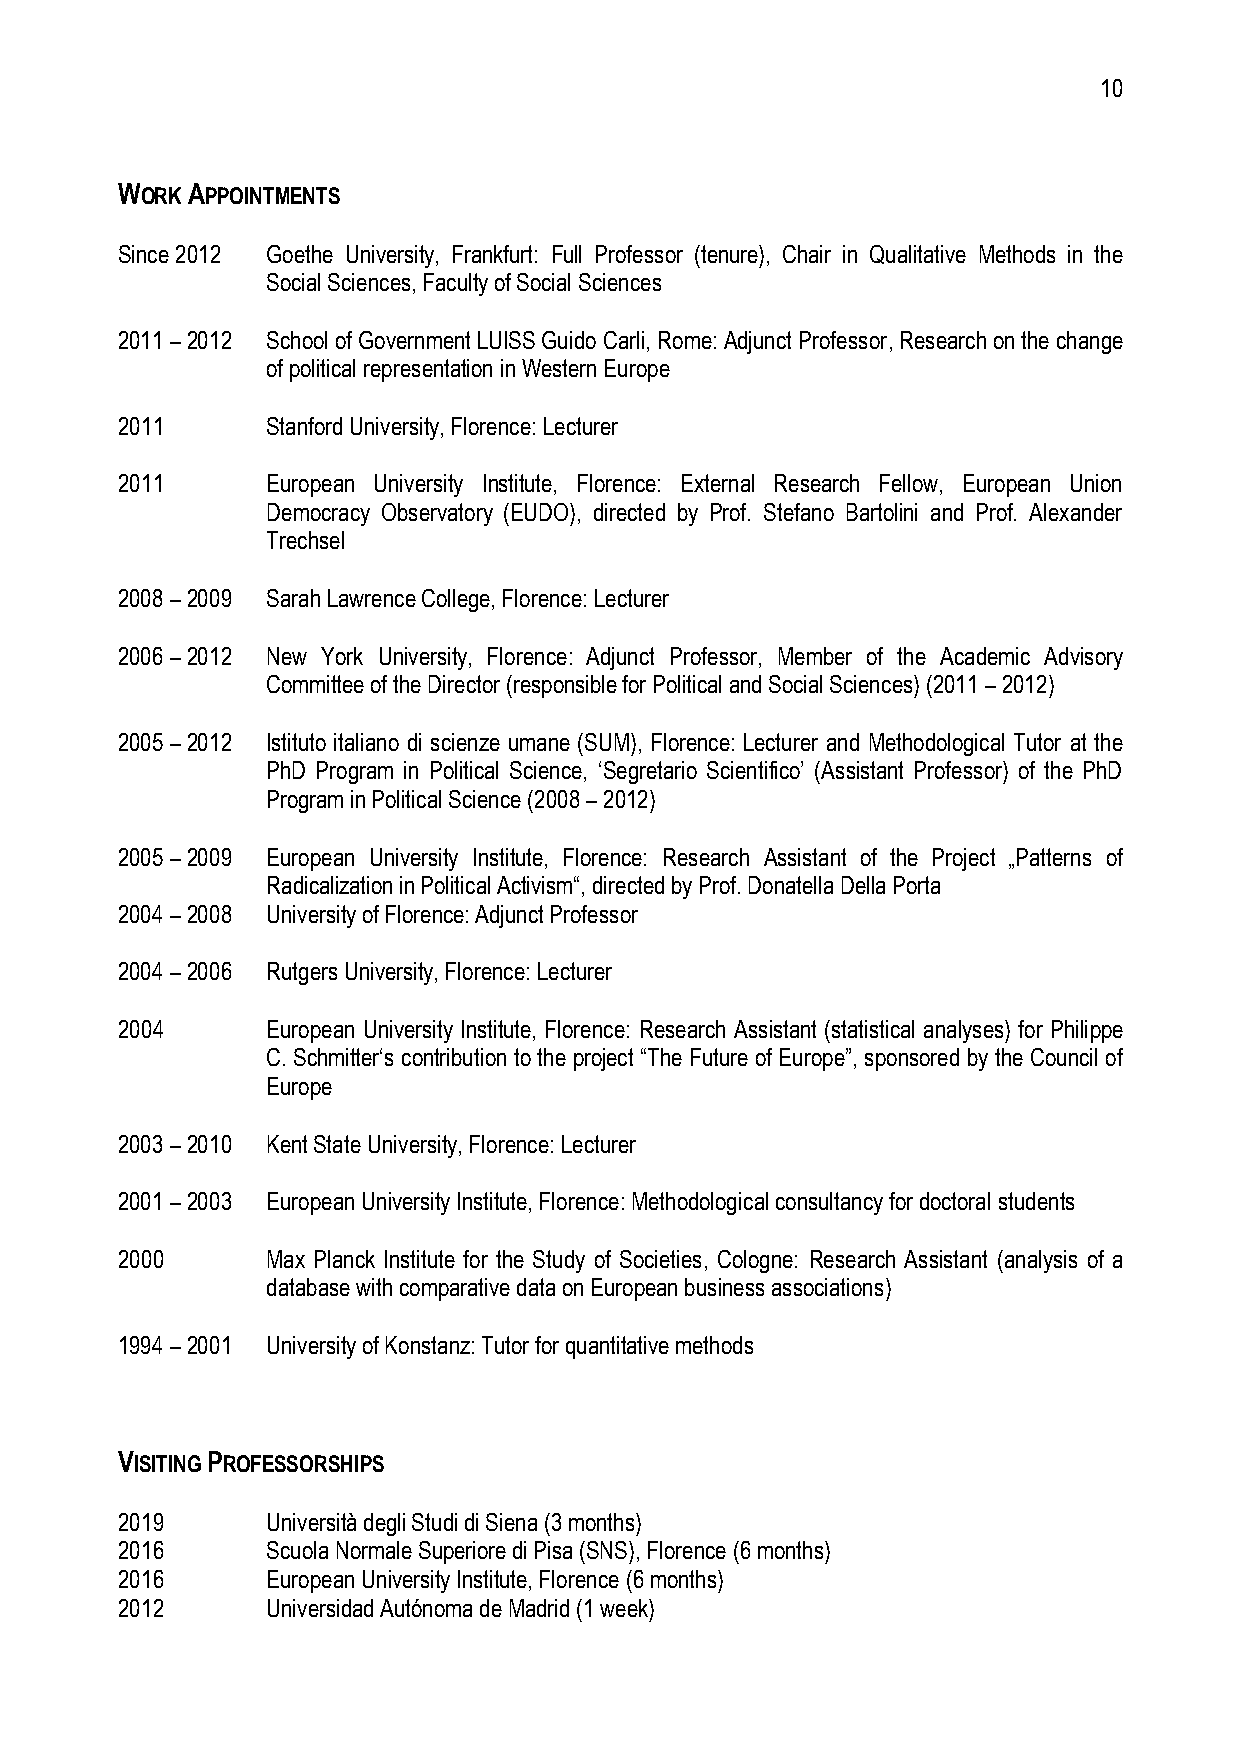
10
 WORK APPOINTMENTS
 Since 2012 Goethe University, Frankfurt: Full Professor (tenure), Chair in Qualitative Methods in the
 Social Sciences, Faculty of Social Sciences
 2011 – 2012 School of Government LUISS Guido Carli, Rome: Adjunct Professor, Research on the change
 of political representation in Western Europe
 2011      Stanford University, Florence: Lecturer
 2011      European University Institute, Florence: External Research Fellow, European Union
 Democracy Observatory (EUDO), directed by Prof. Stefano Bartolini and Prof. Alexander
 Trechsel
 2008 – 2009 Sarah Lawrence College, Florence: Lecturer
 2006 – 2012 New York University, Florence: Adjunct Professor, Member of the Academic Advisory
 Committee of the Director (responsible for Political and Social Sciences) (2011 – 2012)
 2005 – 2012 Istituto italiano di scienze umane (SUM), Florence: Lecturer and Methodological Tutor at the
 PhD Program in Political Science, ‘Segretario Scientifico’ (Assistant Professor) of the PhD
 Program in Political Science (2008 – 2012)
 2005 – 2009 European University Institute, Florence: Research Assistant of the Project „Patterns of
 Radicalization in Political Activism“, directed by Prof. Donatella Della Porta
 2004 – 2008 University of Florence: Adjunct Professor
 2004 – 2006 Rutgers University, Florence: Lecturer
 2004      European University Institute, Florence: Research Assistant (statistical analyses) for Philippe
 C. Schmitter‘s contribution to the project “The Future of Europe”, sponsored by the Council of
 Europe
 2003 – 2010 Kent State University, Florence: Lecturer
 2001 – 2003 European University Institute, Florence: Methodological consultancy for doctoral students
 2000      Max Planck Institute for the Study of Societies, Cologne: Research Assistant (analysis of a
 database with comparative data on European business associations)
 1994 – 2001 University of Konstanz: Tutor for quantitative methods
 VISITING PROFESSORSHIPS
 2019      Università degli Studi di Siena (3 months)
 2016      Scuola Normale Superiore di Pisa (SNS), Florence (6 months)
 2016      European University Institute, Florence (6 months)
 2012      Universidad Autónoma de Madrid (1 week)